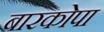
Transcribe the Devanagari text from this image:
बारकोपा